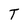
Character: T